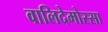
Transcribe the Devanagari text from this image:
वालिदेमोस्सा